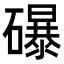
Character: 𥗋